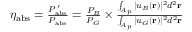
\begin{array} { r } { \eta _ { \mathrm { a b s } } = \frac { P _ { \mathrm { a b s } } ^ { \, \prime } } { P _ { \mathrm { a b s } } } = \frac { P _ { B } } { P _ { G } } \times \frac { \int _ { A _ { p } } \vert u _ { B } ( \mathbf { r } ) \vert ^ { 2 } d ^ { 2 } \mathbf { r } } { \int _ { A _ { p } } \vert u _ { G } ( \mathbf { r } ) \vert ^ { 2 } d ^ { 2 } \mathbf { r } } } \end{array}